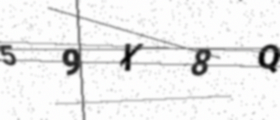
Text: 59X8Q